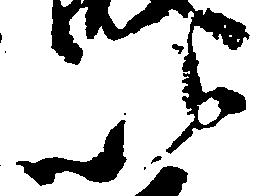
以